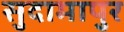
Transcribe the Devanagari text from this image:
सुदामापुर